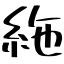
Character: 絁